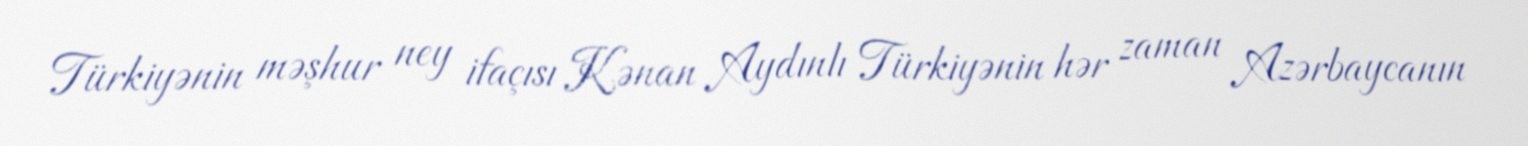
Türkiyənin məşhur ney ifaçısı Kənan Aydınlı Türkiyənin hər zaman Azərbaycanın